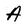
Character: A